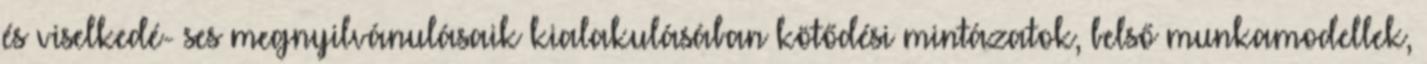
és viselkedé- ses megnyilvánulásaik kialakulásában kötődési mintázatok, belső munkamodellek,